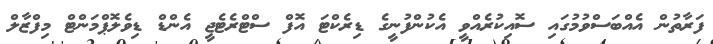
ފަރާތުން އެއްބަސްވުމުގައި ސޮއިކުރެއްވީ އެކުންފުނީގެ ޑިރެކްޓަ އޮފް ސްޓްރެޓެޖީ އެންޑް ޑިވެލޮޕްމަންޓް މިފްޒާލް